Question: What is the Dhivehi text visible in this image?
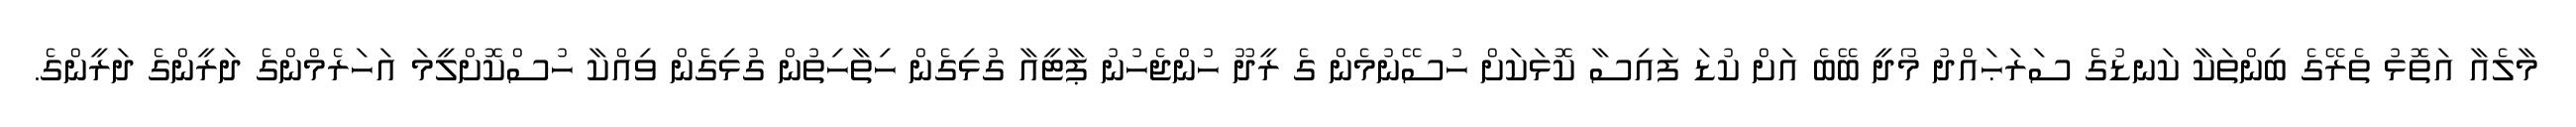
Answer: މާލެއާ އަތޮޅު ތެރޭގެ ބިންތަކާ ކަނޑުގެ ސަރަޙައްދު މޯދީ ބޭބެ އަށް ކުޑަ ފައިސާ ކޮޅަކަށް ހުސޭނުމެން ގެ ރީދޫ ހުންޖެހުނު ޕާޓީއާ ގުޅިގެން ހިތާހިތުން ގުޅިގެން ވިއްކާ ހުސްކޮށްލީމަ އަހަރެމްންގެ ދަރީންގެ ދަރީންގެ.